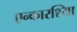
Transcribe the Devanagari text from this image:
एन्कारश्यिा